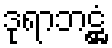
ဒုရာဘဋ္ဌံ